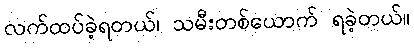
လက်ထပ်ခဲ့ရတယ်၊ သမီးတစ်ယောက် ရခဲ့တယ်။